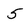
Character: 5